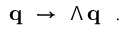
{ \bf q } ~ \rightarrow ~ \Lambda \, { \bf q } ~ ~ .